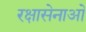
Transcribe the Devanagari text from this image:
रक्षासेनाओं